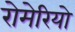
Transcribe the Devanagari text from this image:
रोमेरियो